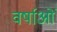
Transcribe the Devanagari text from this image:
वर्षाओं